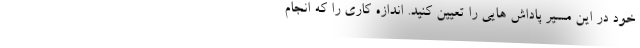
خود در این مسیر پاداش هایی را تعیین کنید. اندازه کاری را که انجام